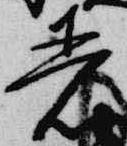
着